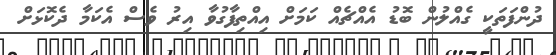
ދުންފަތަކީ ގެއްލުން ބޮޑު އެއްޗެއް ކަމަށް އިއްތިފާގުވާ އިރު ވެސް އެކަމާ ދެކޮޅަށް